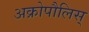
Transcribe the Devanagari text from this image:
अक्रोपौलिस्‌